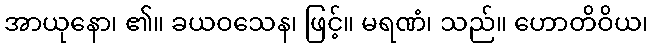
အာယုနော၊ ၏။ ခယဝသေန၊ ဖြင့်။ မရဏံ၊ သည်။ ဟောတိဝိယ၊